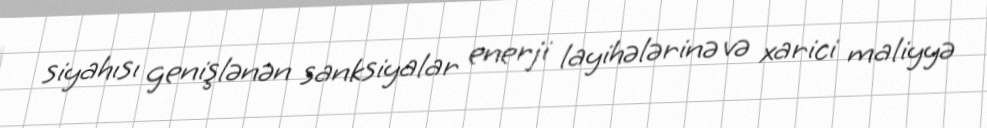
siyahısı genişlənən sanksiyalar enerji layihələrinə və xarici maliyyə